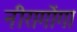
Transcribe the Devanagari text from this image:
नीरागोंगा